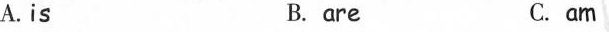
A.is B.are C. am